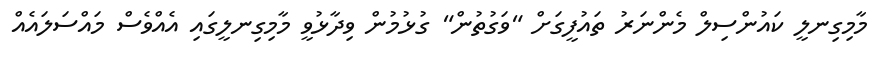
މާމިގިނލީ ކައުންސިލް މެންނަރު ތައުފީގަށް "ވަގުތުން" ގުޅުމުން ވިދާޅުވީ މާމިގިނލީގައި އެއްވެސް މައްސަލައެއް